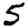
Digit: 5